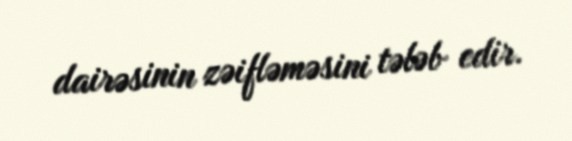
dairəsinin zəifləməsini tələb edir.